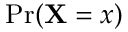
\mathrm { P r } ( \mathbf { X } = x )